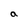
Character: a